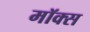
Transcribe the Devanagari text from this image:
मॉक्स